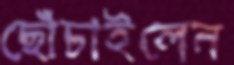
ছোঁচাইলেন